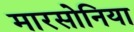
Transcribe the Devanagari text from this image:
मारसोनिया